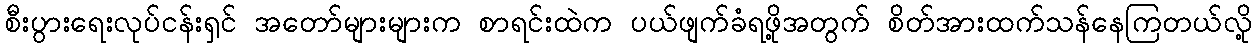
စီးပွားရေးလုပ်ငန်းရှင် အတော်များများက စာရင်းထဲက ပယ်ဖျက်ခံရဖို့အတွက် စိတ်အားထက်သန်နေကြတယ်လို့